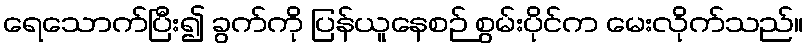
ရေသောက်ပြီး၍ ခွက်ကို ပြန်ယူနေစဉ် စွမ်းပိုင်က မေးလိုက်သည်။